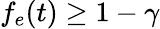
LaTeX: f_{e}(t)\geq 1-\gamma